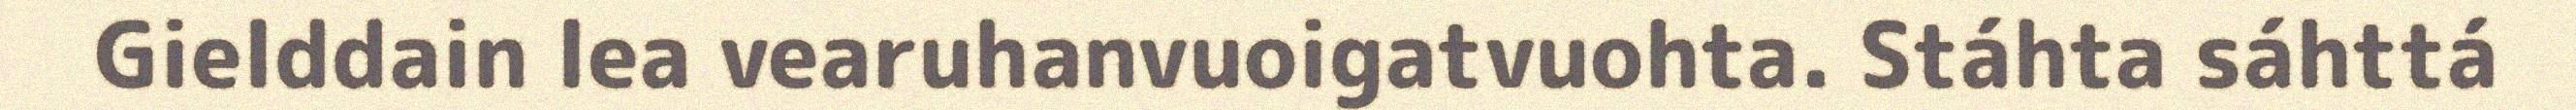
Gielddain lea vearuhanvuoigatvuohta. Stáhta sáhttá